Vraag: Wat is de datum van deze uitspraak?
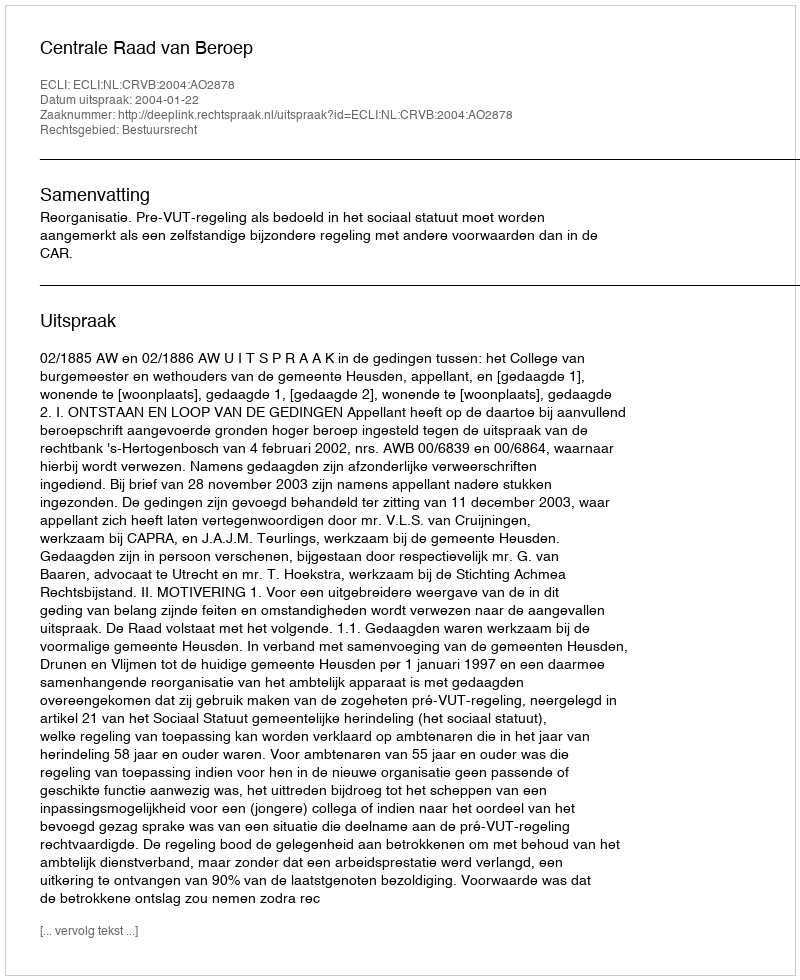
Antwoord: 2004-01-22